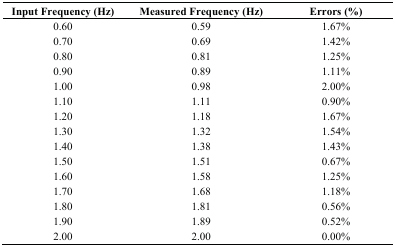
<table><thead><tr><td><b>Input Frequency (Hz)</b></td><td><b>Measured Frequency (Hz)</b></td><td><b>Errors (%)</b></td></tr></thead><tbody><tr><td>0.60</td><td>0.59</td><td>1.67%</td></tr><tr><td>0.70</td><td>0.69</td><td>1.42%</td></tr><tr><td>0.80</td><td>0.81</td><td>1.25%</td></tr><tr><td>0.90</td><td>0.89</td><td>1.11%</td></tr><tr><td>1.00</td><td>0.98</td><td>2.00%</td></tr><tr><td>1.10</td><td>1.11</td><td>0.90%</td></tr><tr><td>1.20</td><td>1.18</td><td>1.67%</td></tr><tr><td>1.30</td><td>1.32</td><td>1.54%</td></tr><tr><td>1.40</td><td>1.38</td><td>1.43%</td></tr><tr><td>1.50</td><td>1.51</td><td>0.67%</td></tr><tr><td>1.60</td><td>1.58</td><td>1.25%</td></tr><tr><td>1.70</td><td>1.68</td><td>1.18%</td></tr><tr><td>1.80</td><td>1.81</td><td>0.56%</td></tr><tr><td>1.90</td><td>1.89</td><td>0.52%</td></tr><tr><td>2.00</td><td>2.00</td><td>0.00%</td></tr></tbody></table>